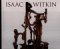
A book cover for Isaac Witkin; Karen Wilkin; Arts & Photography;